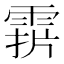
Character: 𩃑